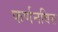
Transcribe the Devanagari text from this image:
फर्णनविस